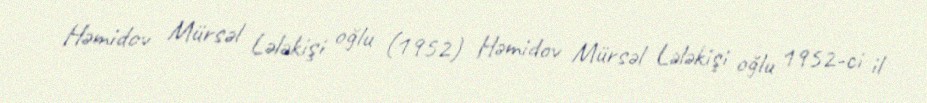
Həmidov Mürsəl Lələkişi oğlu (1952) Həmidov Mürsəl Lələkişi oğlu 1952-ci il